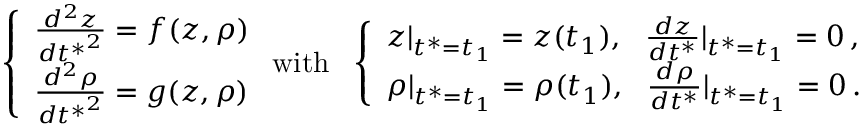
\left\{ \begin{array} { l l } { \frac { d ^ { 2 } z } { { d t ^ { * } } ^ { 2 } } = f ( z , \rho ) } \\ { \frac { d ^ { 2 } \rho } { { d t ^ { * } } ^ { 2 } } = g ( z , \rho ) } \end{array} \right. \mathrm { w i t h } \ \ \left\{ \begin{array} { l l } { z | _ { t ^ { * } = t _ { 1 } } = z ( t _ { 1 } ) , \ \ \frac { d z } { d t ^ { * } } | _ { t ^ { * } = t _ { 1 } } = 0 \, , } \\ { \rho | _ { t ^ { * } = t _ { 1 } } = \rho ( t _ { 1 } ) , \ \ \frac { d \rho } { d t ^ { * } } | _ { t ^ { * } = t _ { 1 } } = 0 \, . } \end{array} \right.